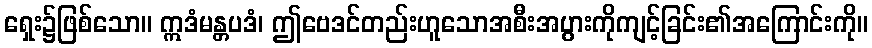
ရှေး၌ဖြစ်သော။ ဣဒံမန္တပဒံ၊ ဤဗေဒင်တည်းဟူသောအစီးအပွားကိုကျင့်ခြင်း၏အကြောင်းကို။